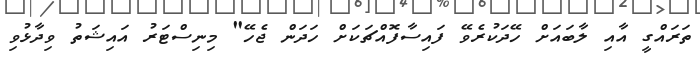
ތަރައްގީ އާއި ލާބައަށް ހޭދަކުރެވޭ ފައިސާފޮއްޗަކަށް ހަދަން ޖެހޭ" މިނިސްޓަރު އައިޝަތު ވިދާޅުވި